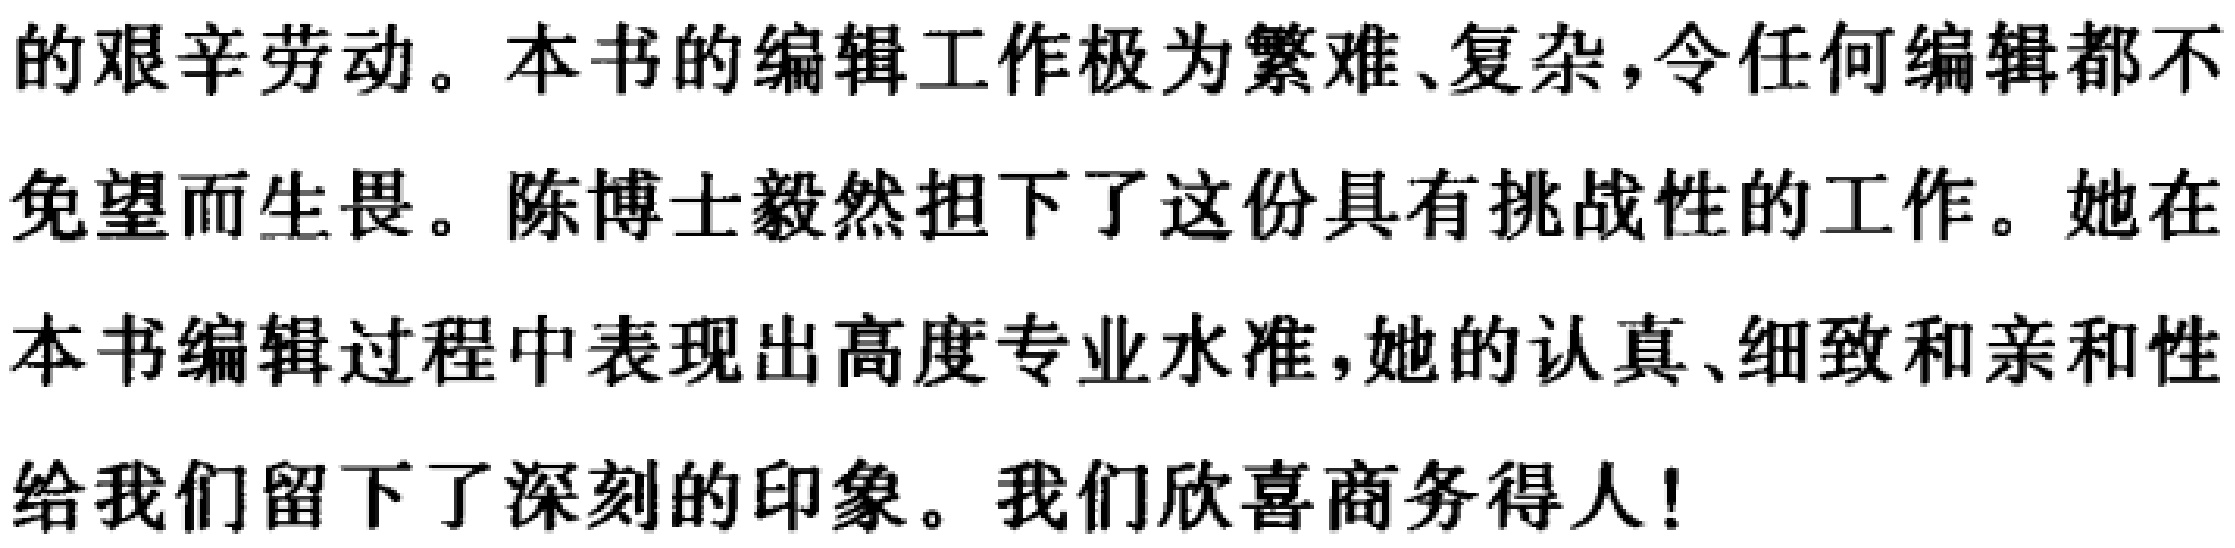
的艰辛劳动。本书的编辑工作极为繁难、复杂，令任何编辑都不
免望而生畏。陈博士毅然担下了这份具有挑战性的工作。她在
本书编辑过程中表现出高度专业水准，她的认真、细致和亲和性
给我们留下了深刻的印象。我们欣喜商务得人！